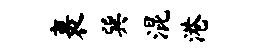
裹巽混港